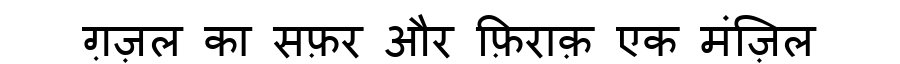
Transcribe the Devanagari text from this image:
ग़ज़ल का सफ़र और फ़िराक़ एक मंज़िल